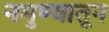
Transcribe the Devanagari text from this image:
नमुण्यातून